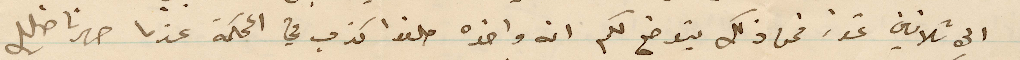
الى ثلاثين تموز فمن ذلك يتوضح لكم انه واخذه حلفوا كذب في المحكمة عندما صهرنا خليل